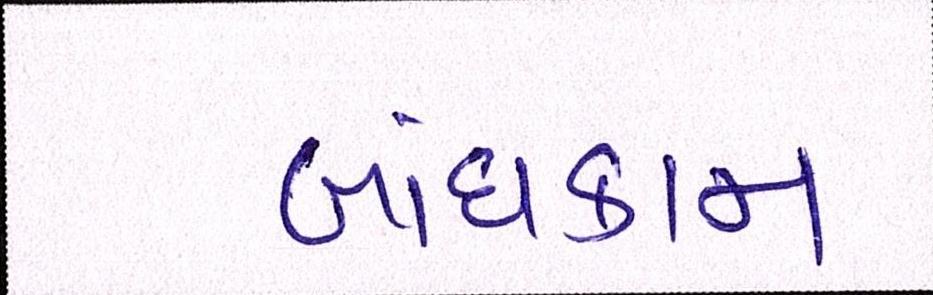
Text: બાંધકામ